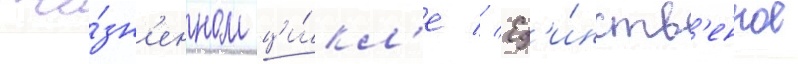
жи́зн'енном ци́кл'е // Ед'и́нств'енное